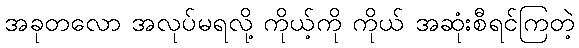
အခုတလော အလုပ်မရလို့ ကိုယ့်ကို ကိုယ် အဆုံးစီရင်ကြတဲ့